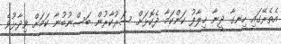
އެތެރޭގައި ހިނގާ ދީނާ ޚިލާފު ކަންކަމާ ދެކޮޅަށް ސަރުކާރުން ބަސްނުބުނާ ކަމަށް ވިދާޅުވެ